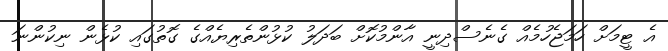
އެ ޓީމަށް ހަމަޖެހުމެއް ގެނެސްދިނީ އާންމުކޮށް ބަދަލު ކުޅުންތެރިޔެއްގެ ގޮތުގައި ކުޅެން ނިކުންނަ